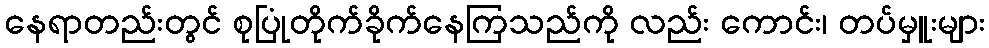
နေရာတည်းတွင် စုပြုံတိုက်ခိုက်နေကြသည်ကို လည်း ကောင်း၊ တပ်မှူးများ